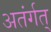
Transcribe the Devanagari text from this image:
अतंर्गत्